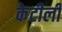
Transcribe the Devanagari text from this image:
केटीली